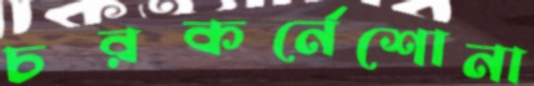
চরকর্নেশোনা